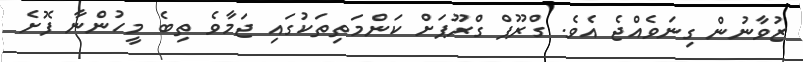
ޒުވާނުން ގިނަވެއްޖެ އެވެ. ގްރޫޕް ގްރޫޕަށް ކަންމަތިތަކުގައި ޖަމާވެ ތިބެ މީހުންނާ ފޮށެ